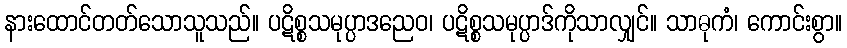
နားထောင်တတ်သောသူသည်။ ပဋိစ္စသမုပ္ပာဒညေဝ၊ ပဋိစ္စသမုပ္ပာဒ်ကိုသာလျှင်။ သာဓုကံ၊ ကောင်းစွာ။